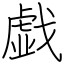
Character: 戯